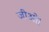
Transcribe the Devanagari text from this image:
जीओ।